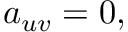
a _ { u v } = 0 ,